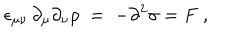
LaTeX: \epsilon _ { \mu \nu } \, \partial _ { \mu } \partial _ { \nu } \rho \; = \; - \partial ^ { 2 } \sigma = F \; ,